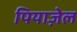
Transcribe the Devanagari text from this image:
पियाज़ेल